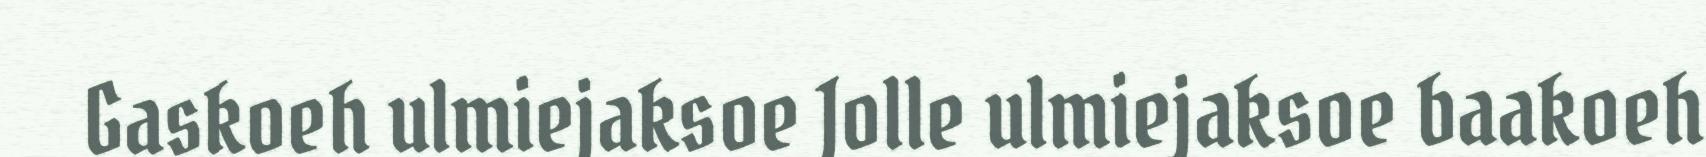
Gaskoeh ulmiejaksoe Jolle ulmiejaksoe baakoeh